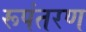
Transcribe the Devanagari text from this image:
रूपंतरण